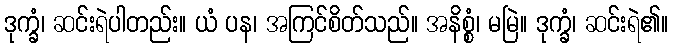
ဒုက္ခံ၊ ဆင်းရဲပါတည်း။ ယံ ပန၊ အကြင်စိတ်သည်။ အနိစ္စံ၊ မမြဲ။ ဒုက္ခံ၊ ဆင်းရဲ၏။